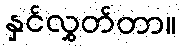
နှင်လွှတ်တာ။